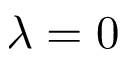
\lambda = 0